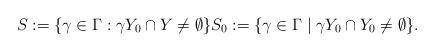
LaTeX: \begin{align*}S :=\{\gamma\in\Gamma: \gamma Y_0\cap Y\neq \emptyset\}S_0:=\{\gamma \in \Gamma \mid \gamma Y_0\cap Y_0\neq \emptyset\}.\end{align*}